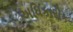
અધિકારીક